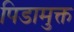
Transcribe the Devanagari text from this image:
पिडामुक्त